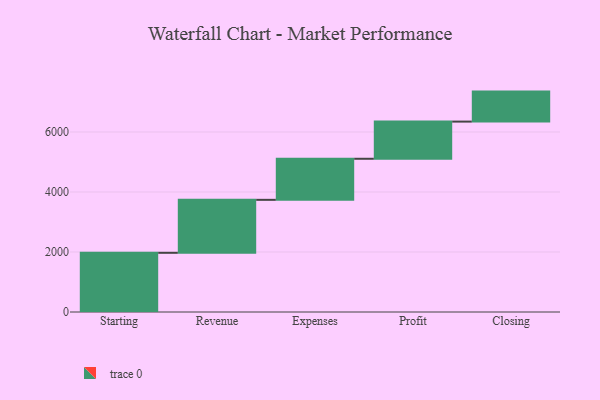
{"axis": {"x": "Step", "y": "Value"}, "legend": [""], "data": [{"x": "Starting", "y": 1973.0, "type": ""}, {"x": "Revenue", "y": 1766.0, "type": ""}, {"x": "Expenses", "y": 1369.0, "type": ""}, {"x": "Profit", "y": 1239.0, "type": ""}, {"x": "Closing", "y": 1000, "type": ""}]}